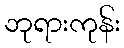
ဘုရားကုန်း